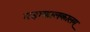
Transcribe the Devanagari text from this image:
महाकालकालम्